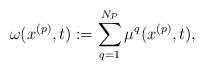
LaTeX: \begin{align*}\omega(x^{(p)},t):=\sum_{q=1}^{N_P}\mu^q(x^{(p)},t),\end{align*}